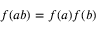
f ( a b ) = f ( a ) f ( b )